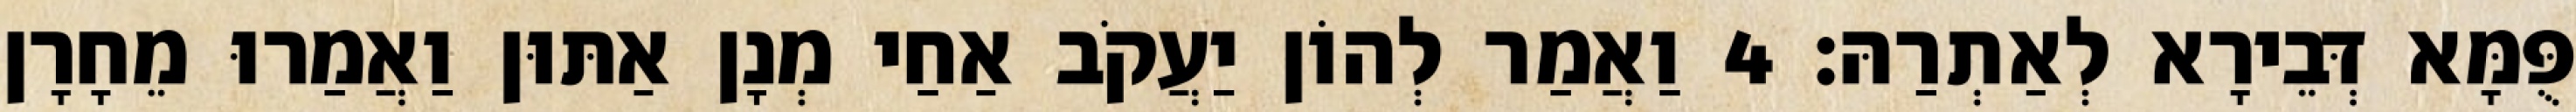
פֻּמָּא דְּבֵירָא לְאַתְרַהּ׃ 4 וַאֲמַר לְהוֹן יַעֲקֹב אַחַי מְנָן אַתּוּן וַאֲמַרוּ מֵחָרָן